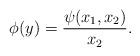
\begin{align*}\phi(y)= \frac{\psi(x_{1}, x_{2})}{x_{2}}.\end{align*}